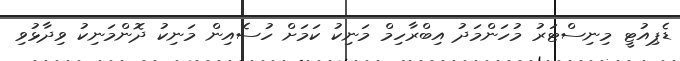
ޑެޕިއުޓީ މިނިސްޓަރު މުހަންމަދު އިބްރާހިމް މަނިކު ކަމަށް ހުސެއިން މަނިކު ދޮންމަނިކު ވިދާޅުވި